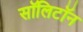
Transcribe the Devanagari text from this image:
सॉलिटॉन